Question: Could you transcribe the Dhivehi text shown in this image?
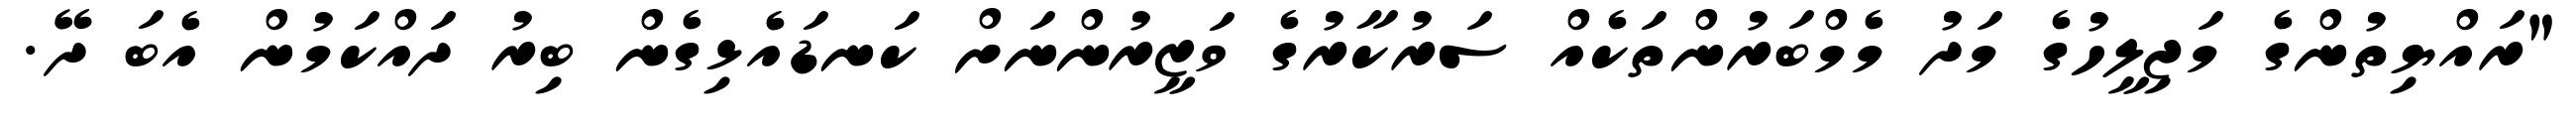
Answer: "ރައްޔިތުންގެ މަޖިލީހުގެ މަދު މެމްބަރުންތަކެއް ސަރުކާރުގެ ވަޒީރުންނަށް ކަނޑައެޅިގެން ބިރު ދައްކަމުން އެބަ ދޭ.